Annual administration report of the Civil Veterinary Department, Ajmere-Merwara, British Rajputana - 1914-1940
Year: 1914
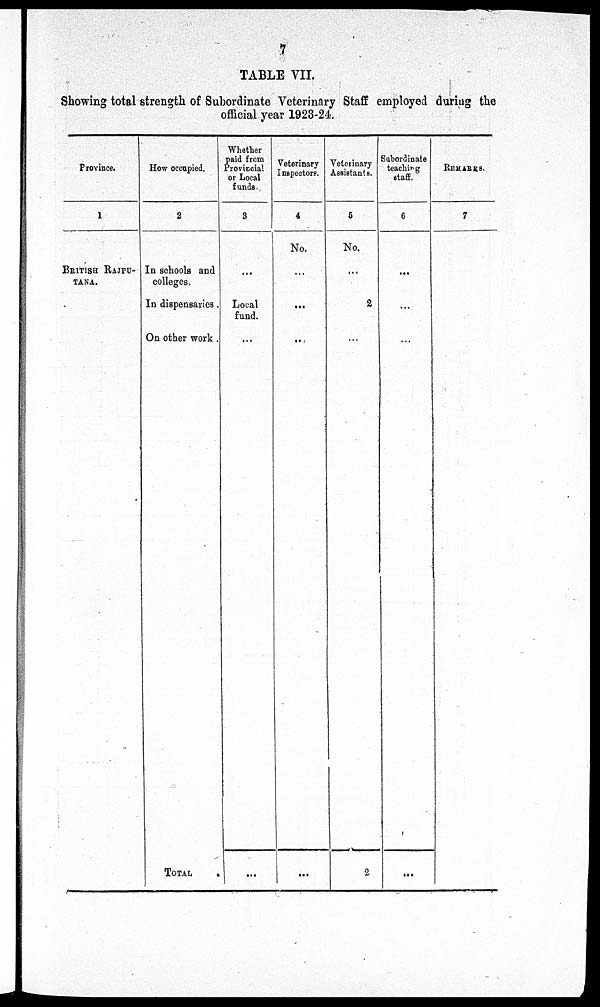
7
TABLE VII.
Showing total strength of Subordinate Veterinary Staff employed during the
official year 1923-24.
Province.
1
BRITISH RAJPU-
TANA.
How occupied.
2
In schools and
colleges.
In dispensaries.
On other work .
TOTAL
.
Whether
paid from
Provincial
or Local
funds
3
...
Local
fund.
...
...
Veterinary
Inspectors.
4
No.
...
...
...
...
Veterinary
Assistants.
5
No.
...
2
...
2
Subordinate
teaching
staff.
6
...
...
...
...
REMARKS.
7